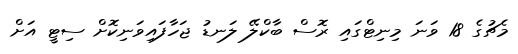
މެޗުގެ 18 ވަނަ މިނިޓްގައި ރޮސް ބާކްލޭ ލަނޑު ޖަހާފައިވަނިކޮށް ސިޓީ އަށް